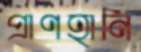
প্রাণহানি